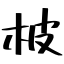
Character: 柀